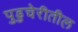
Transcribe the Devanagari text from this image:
पुडुचेरीतील